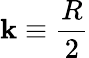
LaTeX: \mathbf{k}\equiv{\frac{{R}}{{2}}}